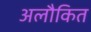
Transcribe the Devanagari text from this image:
अलौकित